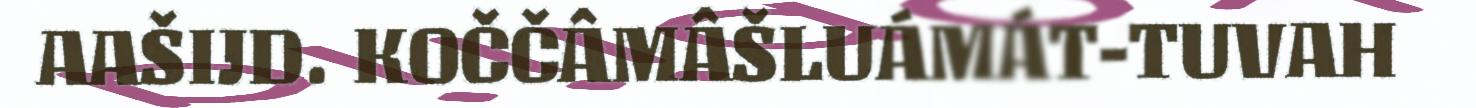
AAŠIJD. KOČČÂMÂŠLUÁMÁT-TUVAH